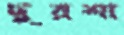
দুরশা